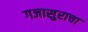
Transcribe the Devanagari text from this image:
गजासुराचा